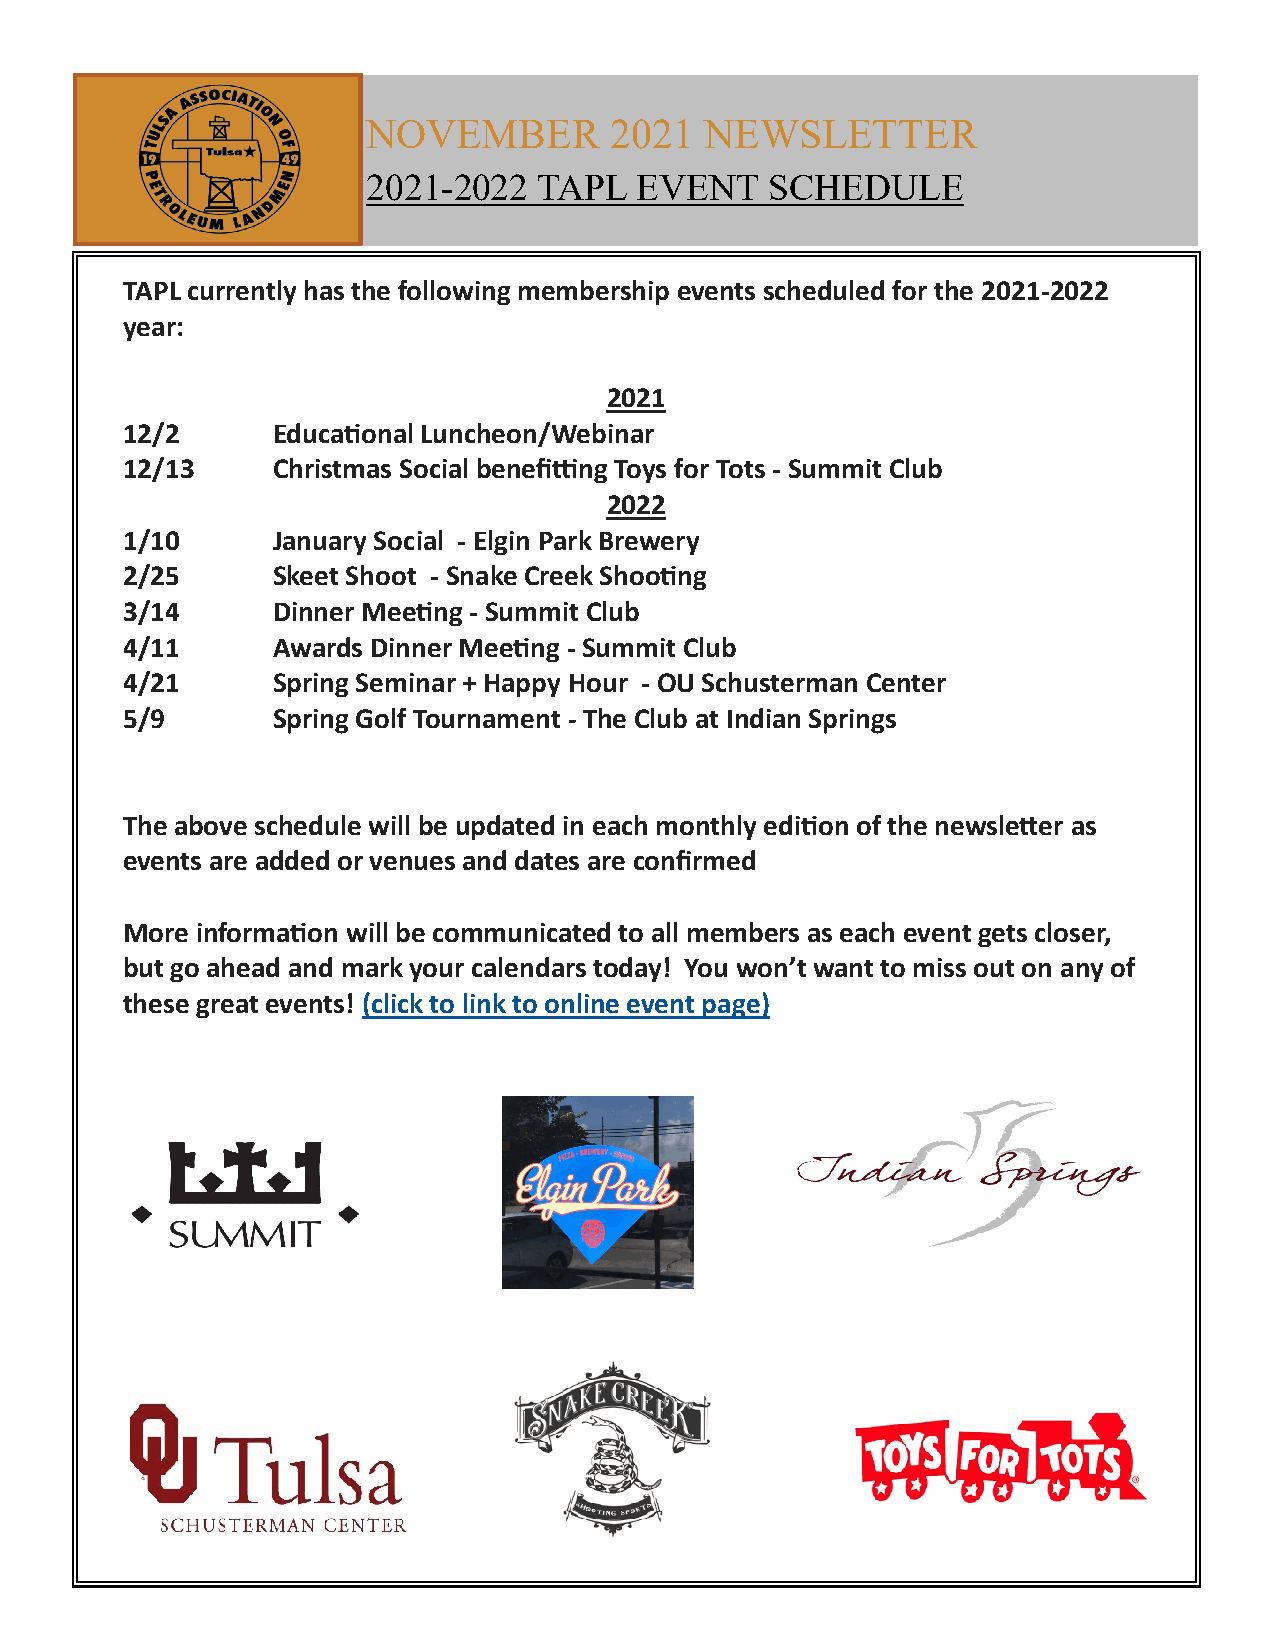
NOVEMBER        2021   NEWSLETTER
 2021-2022   TAPL  EVENT    SCHEDULE
 TAPL currently has the following membership events scheduled for the 2021-2022
 year:
 2021
 12/2      Educational Luncheon/Webinar
 12/13     Christmas Social benefitting Toys for Tots - Summit Club
 2022
 1/10      January Social - Elgin Park Brewery
 2/25      Skeet Shoot - Snake Creek Shooting
 3/14      Dinner Meeting - Summit Club
 4/11      Awards Dinner Meeting - Summit Club
 4/21      Spring Seminar + Happy Hour - OU Schusterman Center
 5/9       Spring Golf Tournament - The Club at Indian Springs
 The above schedule will be updated in each monthly edition of the newsletter as
 events are added or venues and dates are confirmed
 More information will be communicated to all members as each event gets closer,
 but go ahead and mark your calendars today! You won’t want to miss out on any of
 these great events! (click to link to online event page)